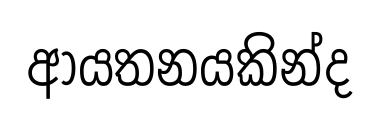
ආයතනයකින්ද